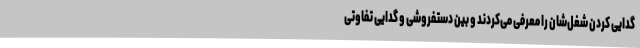
گدایی کردن شغل‌شان را معرفی می‌کردند و بین دستفروشی و گدایی تفاوتی